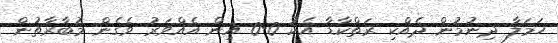
ހަމަލާ ދިނުމުން ދެއްކި ރަތްކާޑާ އެކު 0-0 އިން އެއްވަރު ވެގެން މުބާރާތުން